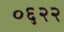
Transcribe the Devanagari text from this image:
०६२२